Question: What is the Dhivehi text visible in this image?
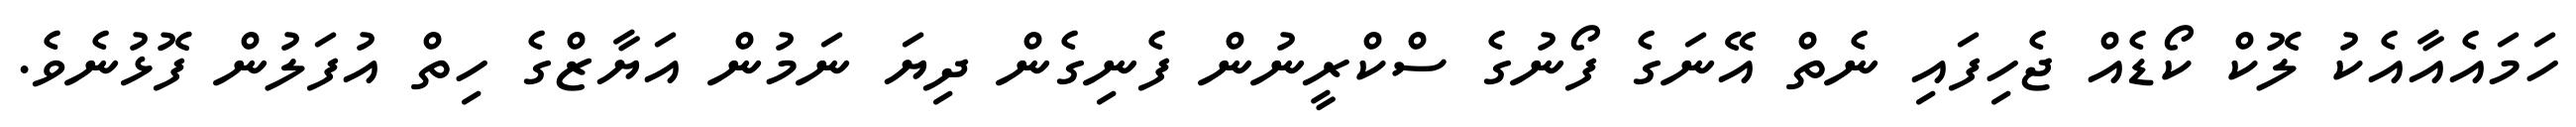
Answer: ހަމައެއާއެކު ލޮކް ކޯޑެއް ޖެހިފައި ނެތް އޭނަގެ ފޯނުގެ ސްކްރީނުން ފެނިގެން ދިޔަ ނަމުން އަޔާޒްގެ ހިތް އުފަލުން ފޮޅުނެވެ.